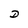
Character: D